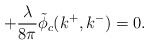
\begin{align*}+ {\lambda \over 8 \pi} \tilde{\phi}_c(k^+,k^-) = 0.\end{align*}